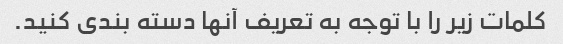
کلمات زیر را با توجه به تعریف آنها دسته بندی کنید.